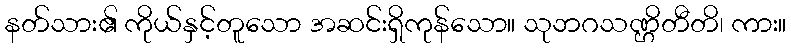
နတ်သား၏ ကိုယ်နှင့်တူသော အဆင်းရှိကုန်သော။ သုဘဂသဏ္ဌိတီတိ၊ ကား။